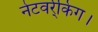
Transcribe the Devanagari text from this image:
नेटवर्र्किंग।